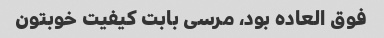
فوق العاده بود، مرسی بابت کیفیت خوبتون